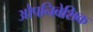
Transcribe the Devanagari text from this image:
औपनिबेशिक